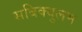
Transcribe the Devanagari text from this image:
सबिक्युलम